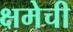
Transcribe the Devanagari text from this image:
क्षमेची